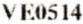
VE0514